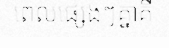
ពេលផ្សេងៗគ្នាគឺ